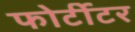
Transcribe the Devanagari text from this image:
फोर्टीटर